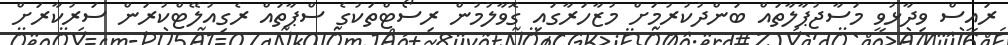
ރައީސް ވިދާޅުވީ މަސާޖުޕާލާތައް ބަންދުކުރުމަށް މުޒާހަރާގައި ގޮވާލުމުން ރިސޯޓްތަކުގެ ސްޕާތައް ރެގިއުލޭޓްކުރަން ސަރުކާރަށް